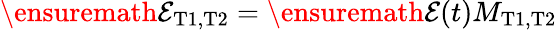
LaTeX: \ensuremath{{\cal E}}_{\mathrm{T1,T2}}=\ensuremath{{\cal E}}(t)M_{\mathrm{T1,T2}}